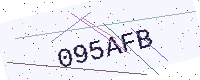
Text: 095AFB